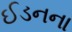
ઈડનના